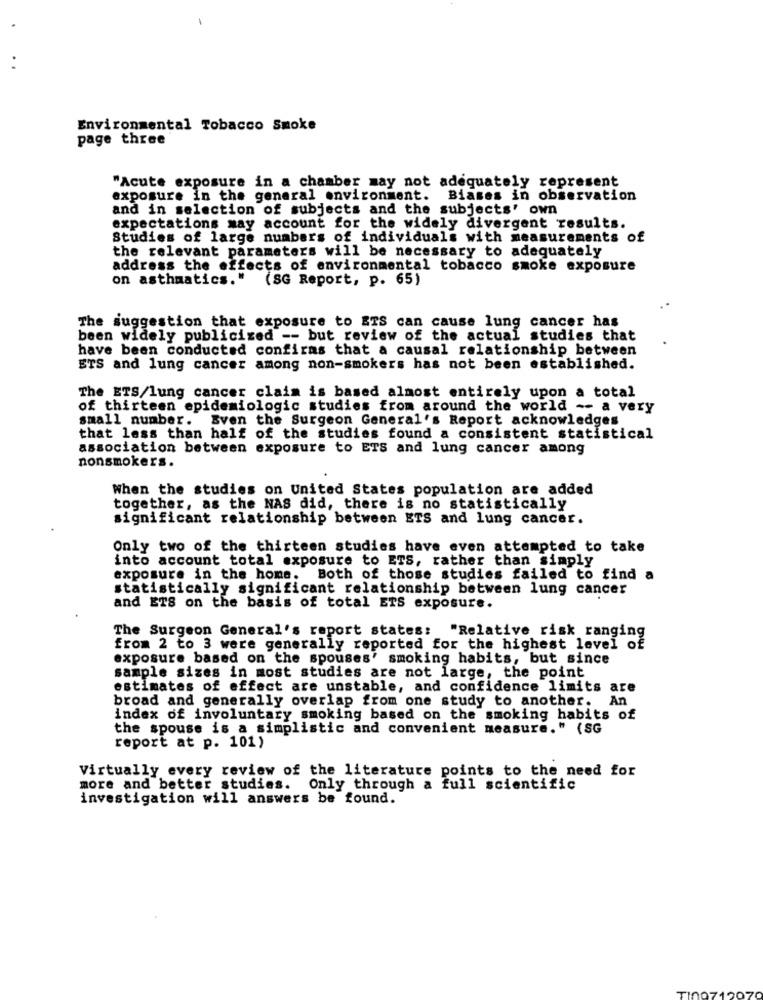
Environmental Tobacco Smoke
page three
"Acute exposure in a chamber may not adequately represent
exposure in the general environment. Biases in observation
and in selection of subjects and the subjects' own
expectations may account for the widely divergent results.
Studies of large numbers of individuals with measurements of
the relevant parameters will be necessary to adequately
address the effects of environmental tobacco smoke exposure
on asthmatics." (SG Report, p. 65)
The suggestion that exposure to ETS can cause lung cancer has
been widely publicized -- but review of the actual studies that
have been conducted confiras that a causal relationship between
ETS and lung cancer among non-smokers has not been established.
The ETS/lung cancer claim is based almost entirely upon a total
of thirteen epidemiologic studies from around the world -- a very
small number. Even the Surgeon General's Report acknowledges
that less than half of the studies found a consistent statistical
association between exposure to ETS and lung cancer among
nonsmokers.
When the studies on United States population are added
together, as the NAS did, there is no statistically
significant relationship between ETS and lung cancer.
Only two of the thirteen studies have even attempted to take
into account total exposure to ETS, rather than simply
exposure in the home. Both of those studies failed to find a
statistically significant relationship between lung cancer
and ETS on the basis of total ETS exposure.
The Surgeon General's report states:
"Relative risk ranging
from 2 to 3 were generally reported for the highest level of
exposure based on the spouses' smoking habits, but since
sample sizes in most studies are not large, the point
estimates of effect are unstable, and confidence limits are
broad and generally overlap from one study to another. An
index of involuntary smoking based on the smoking habits of
the spouse is a simplistic and convenient measure." (SG
report at p. 101)
Virtually every review of the literature points to the need for
more and better studies. Only through a full scientific
investigation will answers be found.